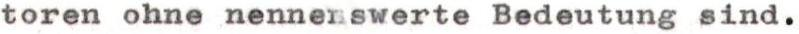
toren ohne nennerswerte Bedeutung sind.